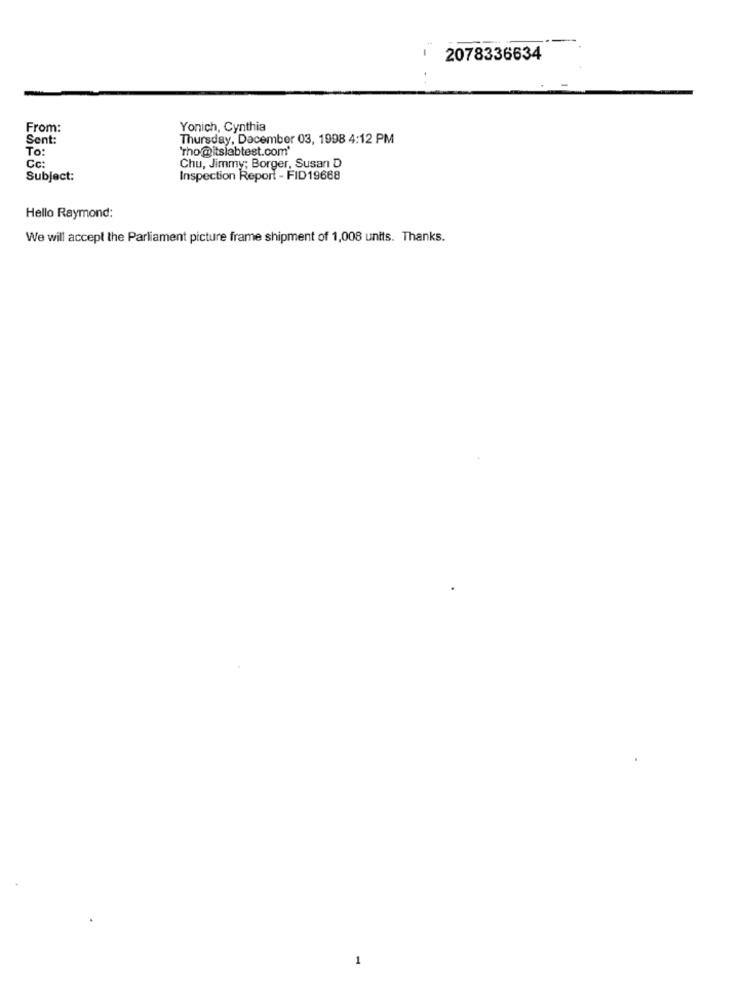
-
2078336634
From:
Yonich, Cynthia
Sent:
Thursday, December 03, 1998 4:12 PM
To:
"Tho @itslabtest.com'
Cc:
Chu, Jimmy; Borger, Susan D
Subject:
Inspection Report - FID 19668
Hello Raymond:
We will accept the Parliament picture frame shipment of 1,008 units. Thanks.
1